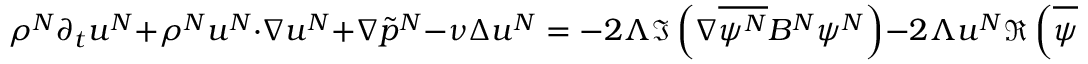
\rho ^ { N } \partial _ { t } u ^ { N } + \rho ^ { N } u ^ { N } \cdot \nabla u ^ { N } + \nabla \Tilde { p } ^ { N } - \nu \Delta u ^ { N } = - 2 \Lambda \Im \left( \nabla \overline { { \psi ^ { N } } } B ^ { N } \psi ^ { N } \right) - 2 \Lambda u ^ { N } \Re \left( \overline { { \psi ^ { N } } } B ^ { N } \psi ^ { N } \right)